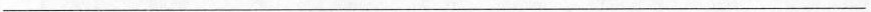
___